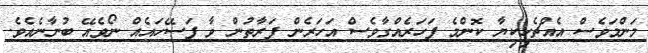
މަންމަވެސް އެއްޗެހިކިޔާ ކޮންމެ ފަހަރެއްގާވެސް އަހަރެން ފަރާތުން ވާ ފަސޭހައެއް ނޯވެއޭ ބުނާނެއެވެ.